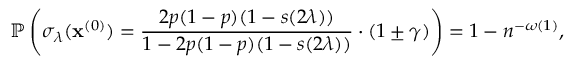
\mathbb { P } \left( \sigma _ { \lambda } ( \mathbf { x } ^ { ( 0 ) } ) = \frac { 2 p ( 1 - p ) ( 1 - { s ( 2 \lambda ) } ) } { 1 - 2 p ( 1 - p ) ( 1 - { s ( 2 \lambda ) } ) } \cdot ( 1 \pm \gamma ) \right) = 1 - n ^ { - \omega ( 1 ) } ,